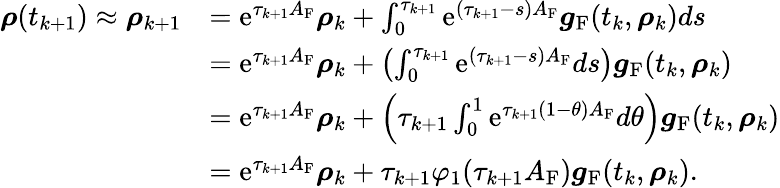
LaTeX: \begin{array}{rl}{\boldsymbol\rho(t_{k+1})\approx\boldsymbol\rho_{k+1}}&{=\mathrm{e}^{\tau_{k+1}A_{\mathrm{F}}}\boldsymbol\rho_{k}+\int_{0}^{\tau_{k+1}}\mathrm{e}^{(\tau_{k+1}-s)A_{\mathrm{F}}}\boldsymbol g_{\mathrm{F}}(t_{k},\boldsymbol\rho_{k})ds}\\ &{=\mathrm{e}^{\tau_{k+1}A_{\mathrm{F}}}\boldsymbol\rho_{k}+\left(\int_{0}^{\tau_{k+1}}\mathrm{e}^{(\tau_{k+1}-s)A_{\mathrm{F}}}ds\right)\boldsymbol g_{\mathrm{F}}(t_{k},\boldsymbol\rho_{k})}\\ &{=\mathrm{e}^{\tau_{k+1}A_{\mathrm{F}}}\boldsymbol\rho_{k}+\left(\tau_{k+1}\int_{0}^{1}\mathrm{e}^{\tau_{k+1}(1-\theta)A_{\mathrm{F}}}d\theta\right)\boldsymbol g_{\mathrm{F}}(t_{k},\boldsymbol\rho_{k})}\\ &{=\mathrm{e}^{\tau_{k+1}A_{\mathrm{F}}}\boldsymbol\rho_{k}+\tau_{k+1}\varphi_{1}(\tau_{k+1}A_{\mathrm{F}})\boldsymbol g_{\mathrm{F}}(t_{k},\boldsymbol\rho_{k}).}\end{array}